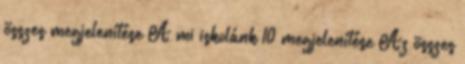
összes megjelenítése A mi iskolánk 10 megjelenítése Az összes